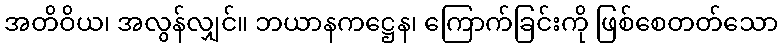
အတိဝိယ၊ အလွန်လျှင်။ ဘယာနကဋ္ဌေန၊ ကြောက်ခြင်းကို ဖြစ်စေတတ်သော